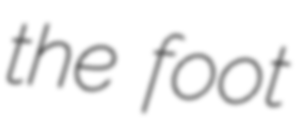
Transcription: the foot